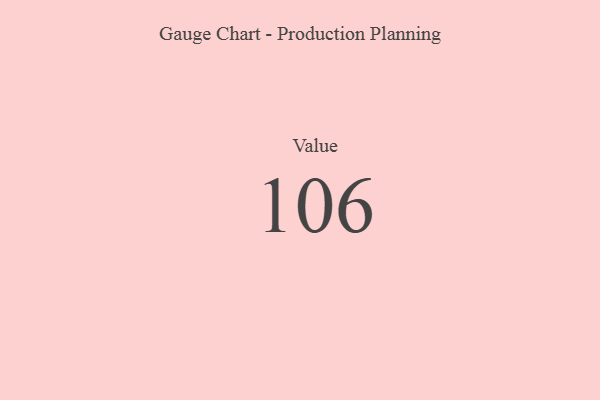
{"axis": {"x": "Metric", "y": "Value"}, "legend": [""], "data": [{"x": "Value", "y": 106, "type": ""}]}